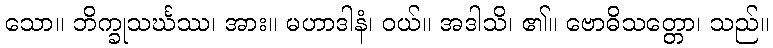
သော။ ဘိက္ခုသင်္ဃဿ၊ အား။ မဟာဒါနံ၊ ဝယ်။ အဒါသိ၊ ၏။ ဗောဓိသတ္တော၊ သည်။